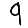
Digit: 9